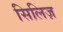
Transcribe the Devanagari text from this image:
सिलिज़